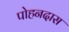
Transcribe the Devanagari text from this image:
पोहनदास